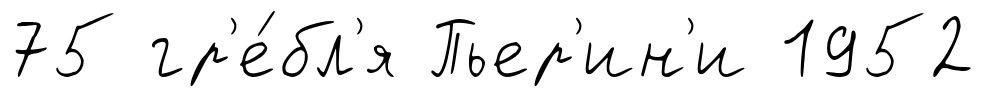
75 гр'е́бл'я Пьер'ин'и 1952